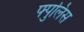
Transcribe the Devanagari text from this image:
फ्पुलिस